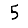
Digit: 5